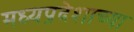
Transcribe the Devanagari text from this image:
मध्यप्रदेशाच्या